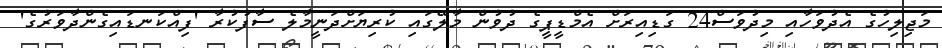
މަޖިލިހުގެ އެދުވަހާއި މިދުވަސް24 ގަޑިއިރަށް އެމްޑީޕީގެ ދުވުން މާލޭގައި ކުރިޔަށްދަނީމާލެ ސާފުކުރާ 'ފިއްކަނޑައިގެންދާވަރުގެ'